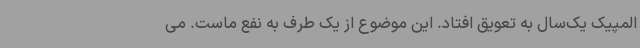
المپیک یک‌سال به تعویق افتاد. این موضوع از یک طرف به نفع ماست. می